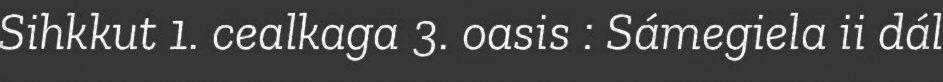
Sihkkut 1. cealkaga 3. oasis : Sámegiela ii dál